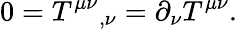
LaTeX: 0=T^{\mu\nu}{}_{,\nu}=\partial_{\nu}T^{\mu\nu}.